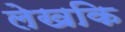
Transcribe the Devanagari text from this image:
लेखकि